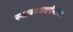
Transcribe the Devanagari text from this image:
स्वास्थ्यवर्धकता